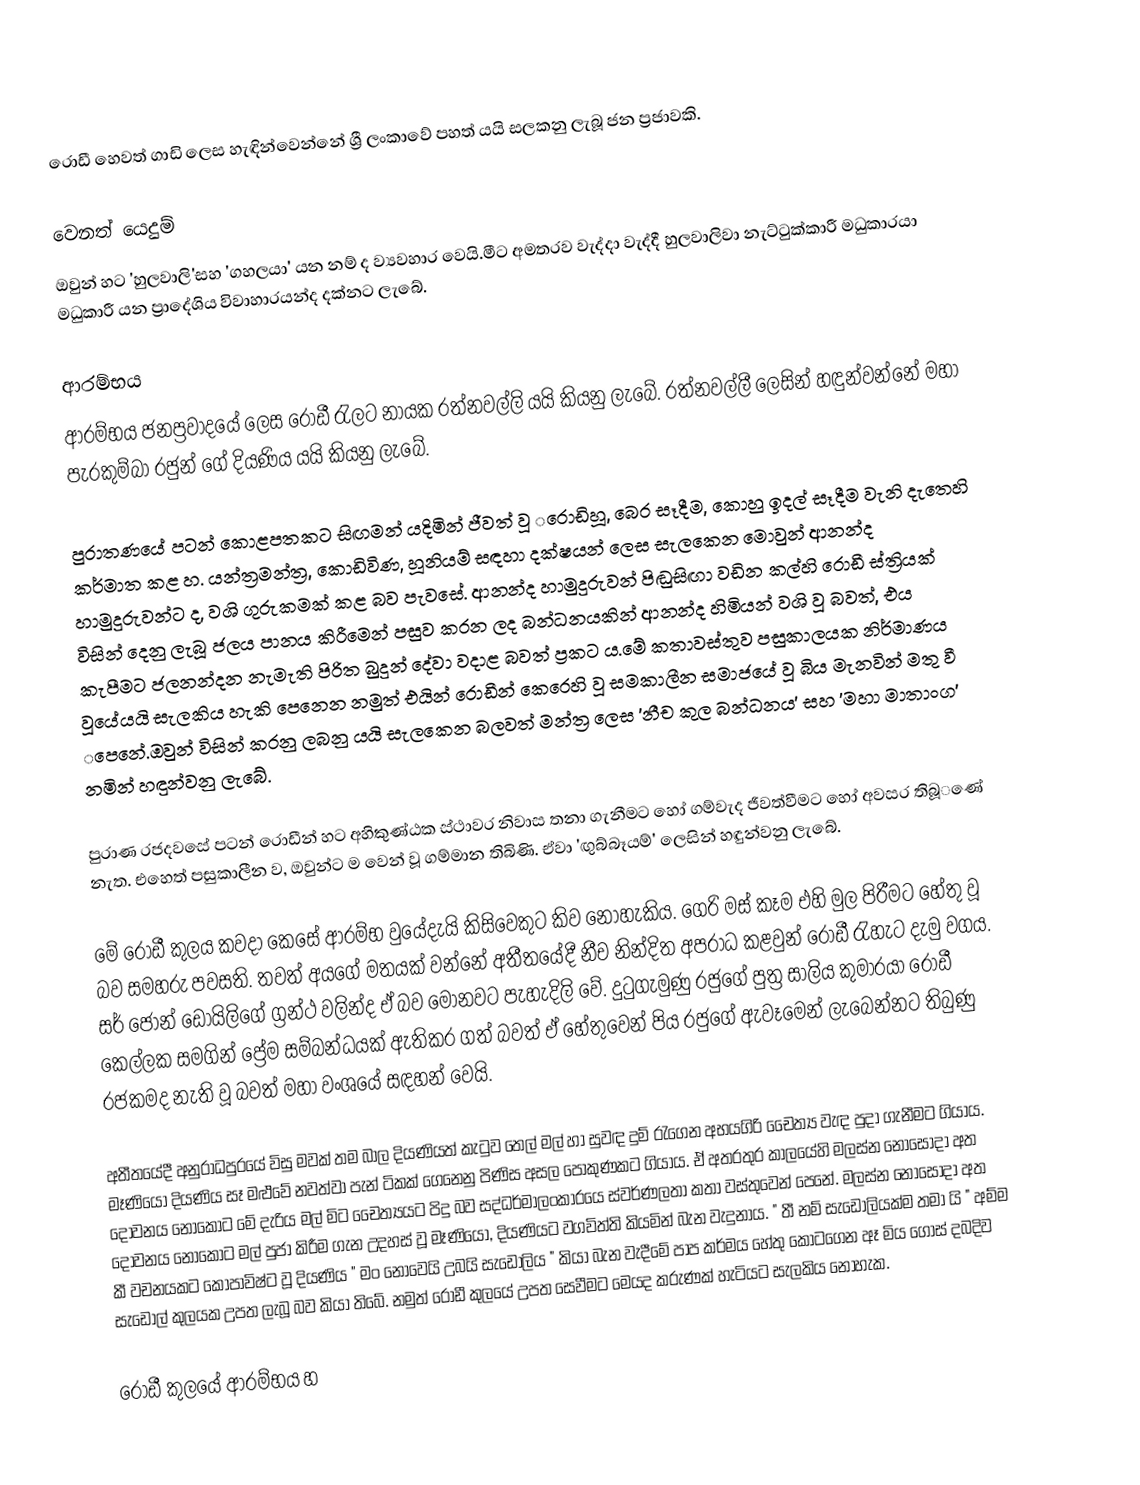
රොඩී ‌හෙවත් ගාඩි ලෙස හැඳින්‌වෙන්‌නේ ශ්‍රී ලංකා‌වේ පහත් යයි සලකනු ලැබූ ජන ප්‍රජාවකි.

වෙනත් යෙදුම්
ඔවුන් හට 'හුලවාලි'සහ 'ගහලයා' යන නම් ද ව්‍යවහාර වෙයි.මීට අමතරව වැද්දා වැද්දී හුලවාලිවා නැට්ටුක්කාරී මධුකාරයා මධුකාරී යන ප්‍රාදේශිය විවාහාරයන්ද දක්නට ලැබේ.

ආරම්භය
ආරම්භය ජනප්‍රවාද‌යේ ‌ලෙස ‌රොඩී රැලට නායක රත්නවල්ලි යයි කියනු ලැ‌බේ. රත්නවල්ලී ‌ලෙසින් හඳුන්වන්‌නේ මහා පැරකුම්බා රජුන් ගේ දියණිය ‌යයි කියනු ලැ‌බේ.

පුරාතණ‌යේ පටන් ‌කොළපතකට සිඟමන් යදිමින් ජීවත් වූ ‌‌රොඩිහූ, බෙර සෑදීම, ‌කොහු ඉදල් සෑදීම වැනි දැ‌තෙහි කර්මාත කළ හ. යන්ත්‍රමන්ත්‍ර, ‌කොඩිවිණ, හූනියම් සඳහා දක්ෂයන් ‌ලෙස සැල‌කෙන ‌මොවුන් ආනන්ද හාමුදුරුවන්ට ද, වශි ගුරුකමක් කළ බව පැව‌සේ. ආනන්ද හාමුදුරුවන් පිඬුසිඟා වඩින කල්හි ‌රොඩී ස්ත්‍රියක් විසින් ‌දෙනු ලැබූ ජලය පානය කිරී‌මෙන් පසුව කරන ලද බන්ධනයකින් ආනන්ද හිමියන් වශි වූ බවත්, එය කැපීමට ජලනන්දන නැමැති පිරිත බුදුන් ‌දේවා වදාළ බවත් ප්‍රකට ය.‌මේ කතාවස්තුව පසුකාලයක නිර්මාණය වූ‌යේයයි සැලකිය හැකි ‌පෙ‌නෙන නමුත් එයින් ‌රොඩීන් ‌කෙ‌රෙහි වූ සමකාලීන සමාජ‌යේ වූ බිය මැනවින් මතු වී ‌පෙ‌නේ.ඔවුන් විසින් කරනු ලබනු යයි සැල‌කෙන බලවත් මන්ත්‍ර ‌ලෙස 'නීච කුල බන්ධනය' සහ 'මහා මාතාංග' නමින් හඳුන්වනු ලැ‌බේ.

පුරාණ රජදව‌සේ පටන් ‌රොඩීන් හට  අහිකුණ්ඨක ස්ථාවර නිවාස තනා ගැනීමට ‌හෝ ගම්වැද ජීවත්වීමට ‌හෝ අවසර තිබූ‌‌ණේ නැත. එ‌හෙත් පසුකාලීන ව, ඔවුන්ට ම ‌වෙන් වූ ගම්මාන තිබිණි. ඒවා 'ඟුබ්බෑයම්' ලෙසින් හඳුන්වනු ලැ‌බේ.

මේ රොඩී කුලය කවදා කෙසේ ආරම්භ වුයේදැයි කිසිවෙකුට කිව නොහැකිය.  ගෙරි මස් කෑම එහි මුල පිරීමට හේතු වූ බව සමහරු පවසති. තවත් අයගේ මතයක් වන්නේ අතීතයේදී නීච නින්දිත අපරාධ කළවුන් රොඩී රැහැට දැමු වගය. සර් ජෝන් ඩොයිලිගේ  ග්‍රන්ථ වලින්ද ඒ බව මොනවට පැහැදිලි වේ. දුටුගැමුණු රජුගේ පුත්‍ර සාලිය කුමාරයා රොඩී කෙල්ලක සමගින් ප්‍රේම සම්බන්ධයක් ඇතිකර ගත් බවත් ඒ හේතුවෙන් පිය රජුගේ ඇවෑමෙන් ලැබෙන්නට තිබුණු රජකමද නැති වූ බවත් මහා වංශයේ සඳහන් වෙයි.

අතීතයේදී අනුරාධපුරයේ විසු මවක් තම බාල දියණියත් කැටුව තෙල් මල් හා සුවඳ දුම් රැගෙන අභයගිරි චෛත්‍ය වැඳ පුදා ගැනීමට ගියාය.  මෑණියෝ දියණිය සෑ මළුවේ නවත්වා පැන් ටිකක් ගෙනෙනු පිණිස අසල පොකුණකට ගියාය. ඒ අතරතුර කාලයේහි මලස්න නොසෝදා අත දෝවනය නොකොට මේ දැරිය මල් මිට චෛත්‍යයට පිදු බව සද්ධර්මාලංකාරයෙ ස්වර්ණලතා කතා වස්තුවෙන් පෙනේ. මලස්න නොසෝදා අත දෝවනය නොකොට මල් පුජා කිරීම ගැන උදහස් වූ මෑණියෝ, දියණියට වගවිත්ති කියමින් බැන වැදුනාය.  " තී නම් සැඩොලියක්ම තමා යි " අම්ම කී වචනයකට කෝපාවිෂ්ට වූ දියණිය " මං නොවෙයි උබයි සැඩොලිය " කියා බැන වැදීමේ පාප කර්මය හේතු කොටගෙන ඈ මිය ගොස් දබදිව සැඩොල් කුලයක උපත ලැබූ බව කියා තිබේ. නමුත් රොඩී කුලයේ උපත සෙවීමට මෙයද කරුණක් හැටියට සැලකිය නොහැක.

රොඩී කුලයේ ආරම්භය හ